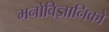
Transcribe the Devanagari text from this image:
मनोविज्ञानिको